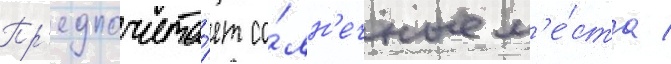
Пр'едпочита́ет со́лн'ечные м'е́ста /